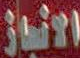
الانجاز